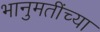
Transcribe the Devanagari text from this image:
भानुमतींच्या